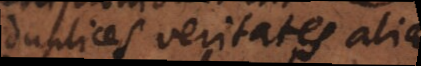
duplices veritates aliae